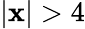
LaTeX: |\mathbf{x}|>4